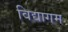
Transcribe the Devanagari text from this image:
विद्यागम